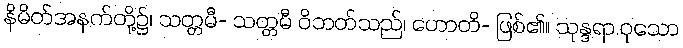
နိမိတ်အနက်တို့၌၊ သတ္တမီ- သတ္တမီ ဝိဘတ်သည်၊ ဟောတိ- ဖြစ်၏။ သုန္ဒရာ.ဝုသော